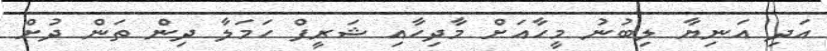
އަދި އަނިޔާ ލިބުނު މީހާއަށް މާދިހާއި ޝަރީފް ހަމަލާ ދިން ތަން ދުށް